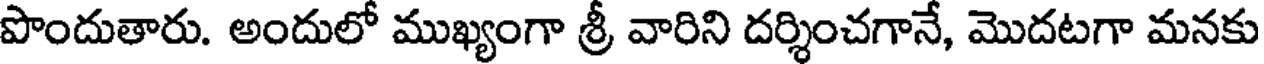
పొందుతారు. అందులో ముఖ్యంగా శ్రీ వారిని దర్శించగానే, మొదటగా మనకు